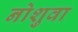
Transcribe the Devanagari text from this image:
नोशुवा